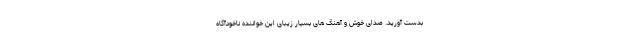
بدست آورید. صدای خوش و آهنگ های بسیار زیبای این خواننده ناخودآگاه